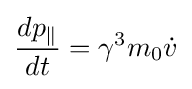
{\frac {dp_{\parallel }}{dt}}=\gamma ^{3}m_{0}{\dot {v}}